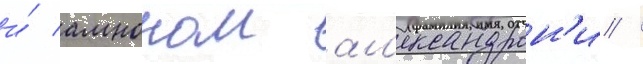
и́ амноном ал'ександрон'и /